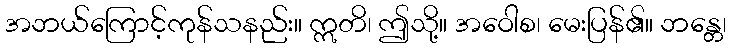
အဘယ်ကြောင့်ကုန်သနည်း။ ဣတိ၊ ဤသို့။ အဝေါစ၊ မေးပြန်၏။ ဘန္တေ၊